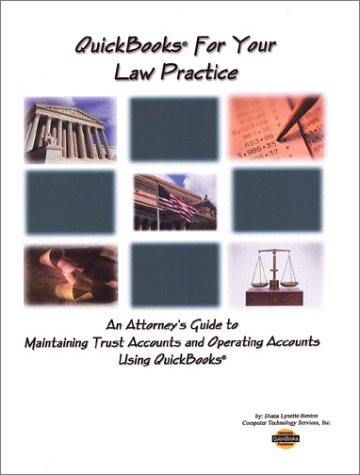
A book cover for QuickBooks for Your Law Practice; Diana Lynette Benton; Law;